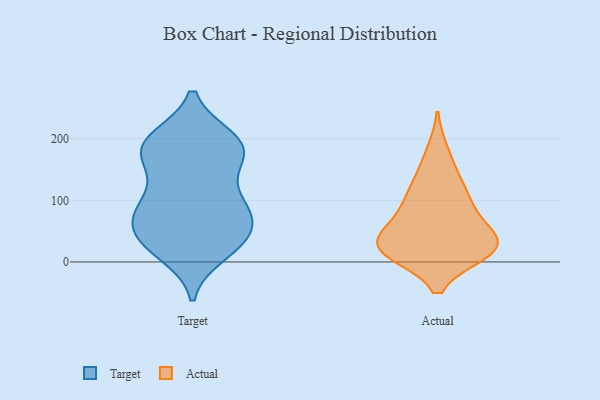
{"axis": {"x": "Latency (ms)", "y": "Value"}, "legend": ["Actual", "Target"], "data": [{"x": "", "y": 49, "type": "Target"}, {"x": "", "y": 106, "type": "Target"}, {"x": "", "y": 63, "type": "Target"}, {"x": "", "y": 86, "type": "Target"}, {"x": "", "y": 30, "type": "Target"}, {"x": "", "y": 197, "type": "Target"}, {"x": "", "y": 192, "type": "Target"}, {"x": "", "y": 15, "type": "Target"}, {"x": "", "y": 88, "type": "Target"}, {"x": "", "y": 49, "type": "Target"}, {"x": "", "y": 199, "type": "Target"}, {"x": "", "y": 95, "type": "Target"}, {"x": "", "y": 165, "type": "Target"}, {"x": "", "y": 27, "type": "Target"}, {"x": "", "y": 164, "type": "Target"}, {"x": "", "y": 88, "type": "Target"}, {"x": "", "y": 170, "type": "Target"}, {"x": "", "y": 185, "type": "Target"}, {"x": "", "y": 194, "type": "Target"}, {"x": "", "y": 33, "type": "Target"}, {"x": "", "y": 19, "type": "Actual"}, {"x": "", "y": 15, "type": "Actual"}, {"x": "", "y": 16, "type": "Actual"}, {"x": "", "y": 137, "type": "Actual"}, {"x": "", "y": 44, "type": "Actual"}, {"x": "", "y": 32, "type": "Actual"}, {"x": "", "y": 92, "type": "Actual"}, {"x": "", "y": 28, "type": "Actual"}, {"x": "", "y": 178, "type": "Actual"}, {"x": "", "y": 118, "type": "Actual"}, {"x": "", "y": 35, "type": "Actual"}, {"x": "", "y": 93, "type": "Actual"}, {"x": "", "y": 67, "type": "Actual"}, {"x": "", "y": 15, "type": "Actual"}]}